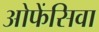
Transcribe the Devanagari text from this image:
ओफेंसिवा